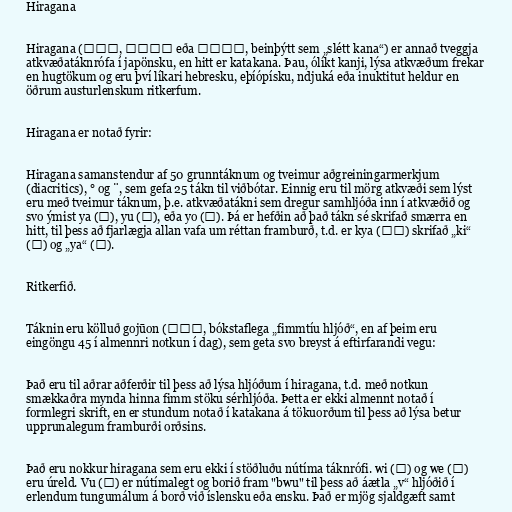
Hiragana

Hiragana (平仮名, ひらがな eða ヒラガナ, beinþýtt sem „slétt kana“) er annað tveggja
atkvæðatáknrófa í japönsku, en hitt er katakana. Þau, ólíkt kanji, lýsa atkvæðum frekar
en hugtökum og eru því líkari hebresku, eþíópísku, ndjuká eða inuktitut heldur en
öðrum austurlenskum ritkerfum.

Hiragana er notað fyrir:

Hiragana samanstendur af 50 grunntáknum og tveimur aðgreiningarmerkjum
(diacritics), ° og ¨, sem gefa 25 tákn til viðbótar. Einnig eru til mörg atkvæði sem lýst
eru með tveimur táknum, þ.e. atkvæðatákni sem dregur samhljóða inn í atkvæðið og
svo ýmist ya (や), yu (ゆ), eða yo (よ). Þá er hefðin að það tákn sé skrifað smærra en
hitt, til þess að fjarlægja allan vafa um réttan framburð, t.d. er kya (きゃ) skrifað „ki“
(き) og „ya“ (や).

Ritkerfið.

Táknin eru kölluð gojūon (五十音, bókstaflega „fimmtíu hljóð“, en af þeim eru
eingöngu 45 í almennri notkun í dag), sem geta svo breyst á eftirfarandi vegu:

Það eru til aðrar aðferðir til þess að lýsa hljóðum í hiragana, t.d. með notkun
smækkaðra mynda hinna fimm stöku sérhljóða. Þetta er ekki almennt notað í
formlegri skrift, en er stundum notað í katakana á tökuorðum til þess að lýsa betur
upprunalegum framburði orðsins.

Það eru nokkur hiragana sem eru ekki í stöðluðu nútíma táknrófi. wi (ゐ) og we (ゑ)
eru úreld. Vu (ゔ) er nútímalegt og borið fram "bwu" til þess að áætla „v“ hljóðið í
erlendum tungumálum á borð við íslensku eða ensku. Það er mjög sjaldgæft samt